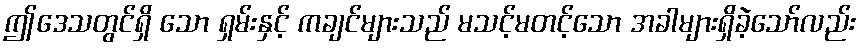
ဤဒေသတွင်ရှိ သော ရှမ်းနှင့် ကချင်များသည် မသင့်မတင့်သော အခါများရှိခဲ့သော်လည်း